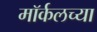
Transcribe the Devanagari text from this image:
मॉर्कलच्या